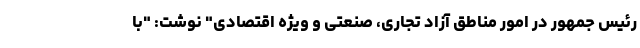
رئیس جمهور در امور مناطق آزاد تجاری، صنعتی و ویژه اقتصادی" نوشت: "با